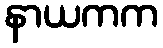
နာယကက